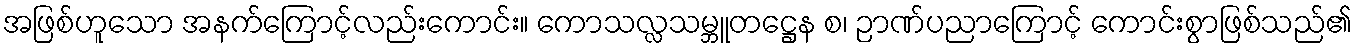
အဖြစ်ဟူသော အနက်ကြောင့်လည်းကောင်း။ ကောသလ္လသမ္ဘူတဋ္ဌေန စ၊ ဉာဏ်ပညာကြောင့် ကောင်းစွာဖြစ်သည်၏